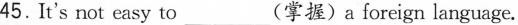
45.It's not easy to ___ (掌握)a foreign language.